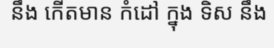
នឹង កើតមាន កំដៅ ក្នុង ទិស នឹង